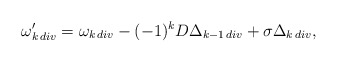
\begin{align*}\omega_{k\, div}^\prime=\omega_{k\, div}-(-1)^kD\Delta_{k-1\, div}+\sigma\Delta_{k\, div},\end{align*}